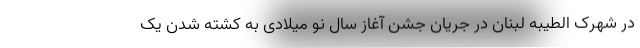
در شهرک الطیبه لبنان در جریان جشن آغاز سال نو میلادی به کشته شدن یک